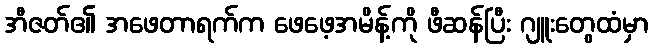
အီဇတ်၏ အဖေတာရက်က ဖေဖေ့အမိန့်ကို ဖီဆန်ပြီး ဂျူးတွေထံမှာ